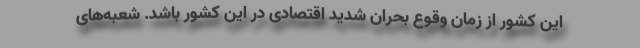
این کشور از زمان وقوع بحران شدید اقتصادی در این کشور باشد. شعبه‌های